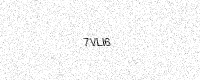
Text: 7VLI6